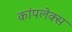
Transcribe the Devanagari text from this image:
कांपलेक्स